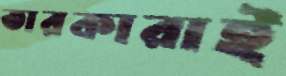
তারকারাই